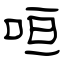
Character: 咺